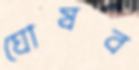
ঘোষব